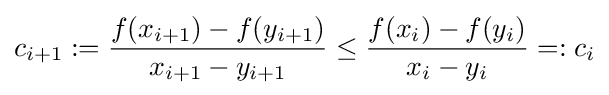
c_{i+1}:={\frac {f(x_{i+1})-f(y_{i+1})}{x_{i+1}-y_{i+1}}}\leq {\frac {f(x_{i})-f(y_{i})}{x_{i}-y_{i}}}=:c_{i}